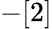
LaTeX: -[2]